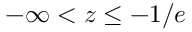
- \infty < z \leq - 1 / e